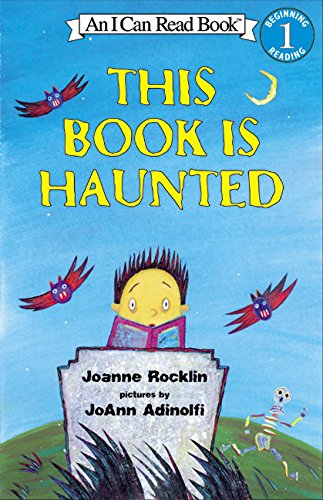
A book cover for This Book Is Haunted (An I Can Read Book, Level 1); Joanne Rocklin; Children's Books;